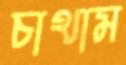
চাথাম